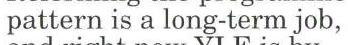
pattern is a long-term job,